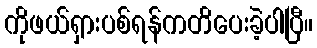
ကိုဖယ်ရှားပစ်ရန်ကတိပေးခဲ့ပါပြီ။